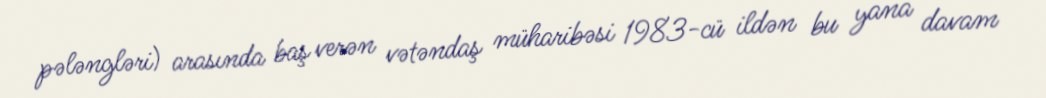
pələngləri) arasında baş verən vətəndaş müharibəsi 1983-cü ildən bu yana davam